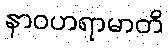
နာဝဟရာမာတိ